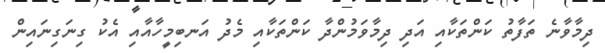
ދިމާވާނެ ތަފާތު ކަންތަކާއި އަދި ދިމާވަމުންދާ ކަންތަކާއި މެދު އަނބިމީހާއާއި އެކު ގިނަގިނައިން